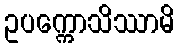
ဥပက္ကောသိဿာမိ